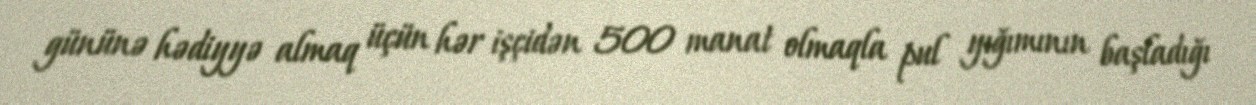
gününə hədiyyə almaq üçün hər işçidən 500 manat olmaqla pul yığımının başladığı